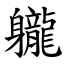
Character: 䡁